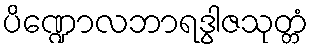
ပိဏ္ဍောလဘာရဒွါဇသုတ္တံ